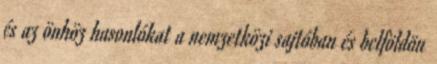
és az önhöz hasonlókat a nemzetközi sajtóban és belföldön